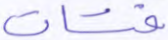
فتات